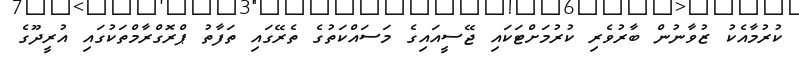
ކުރުމާއެކު ޒުވާނުން ބާރުވެރި ކުރުމަށްޓަކައި ޖޭސީއައިގެ މަސައްކަތުގެ ތެރޭގައި ތަފާތު ޕްރޮގްރާމްތަކުގައި އުރީދޫގެ